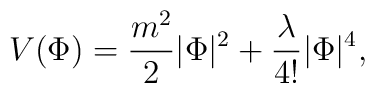
V(\Phi)=\frac{m^2}{2}|\Phi|^2 +           \frac{\lambda}{4!} |\Phi|^4,